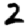
Digit: 2